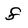
Character: f